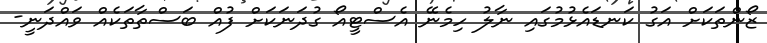
ޒޯންތަކަށް އަގު ކަނޑައެޅުމުގައި ނާލު ހިމެނޭ އެސްޓީއޯ ގުދަނަކަށް ފުއް ބަސްތާތަކެއް ވައްދަނީ-